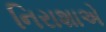
નિરાશાએ